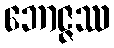
ဘောဇ္ဇဿ